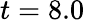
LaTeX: t=8.0